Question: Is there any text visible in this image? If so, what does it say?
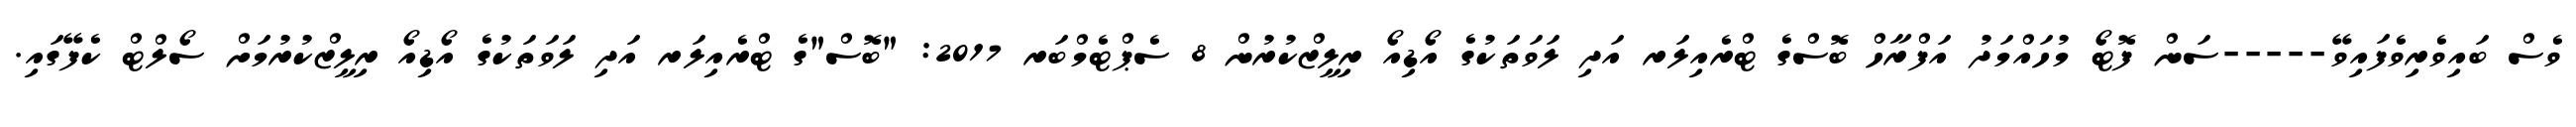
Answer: ވެސް ބައިވެރިވެފައިވޭ-----ސަން ފޮޓޯ މުހައްމަދު އަފްރާހް ބޮސްގެ ޓްރެއިލަރ އަދި ލަވަތަކުގެ އޯޑިއޯ ރިލީޒްކުރުން 8 ސެޕްޓެމްބަރ 2017: "ބޮސް"ގެ ޓްރެއިލަރ އަދި ލަވަތަކުގެ އޯޑިއޯ ރިލީޒްކުރުމަށް ސޯލްޓް ކެފޭގައި.